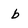
Character: b